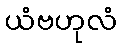
ယံဗဟုလံ